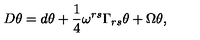
D \theta = d \theta + \frac { 1 } { 4 } \omega ^ { r s } \Gamma _ { r s } \theta + \Omega \theta ,